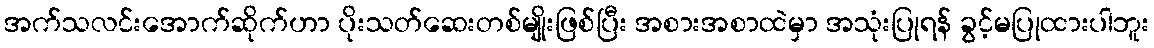
အက်သလင်းအောက်ဆိုက်ဟာ ပိုးသတ်ဆေးတစ်မျိုးဖြစ်ပြီး အစားအစာထဲမှာ အသုံးပြုရန် ခွင့်မပြုထားပါဘူး